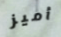
أميز